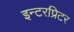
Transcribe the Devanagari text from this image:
इन्टरप्रिटर